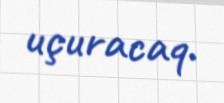
uçuracaq.